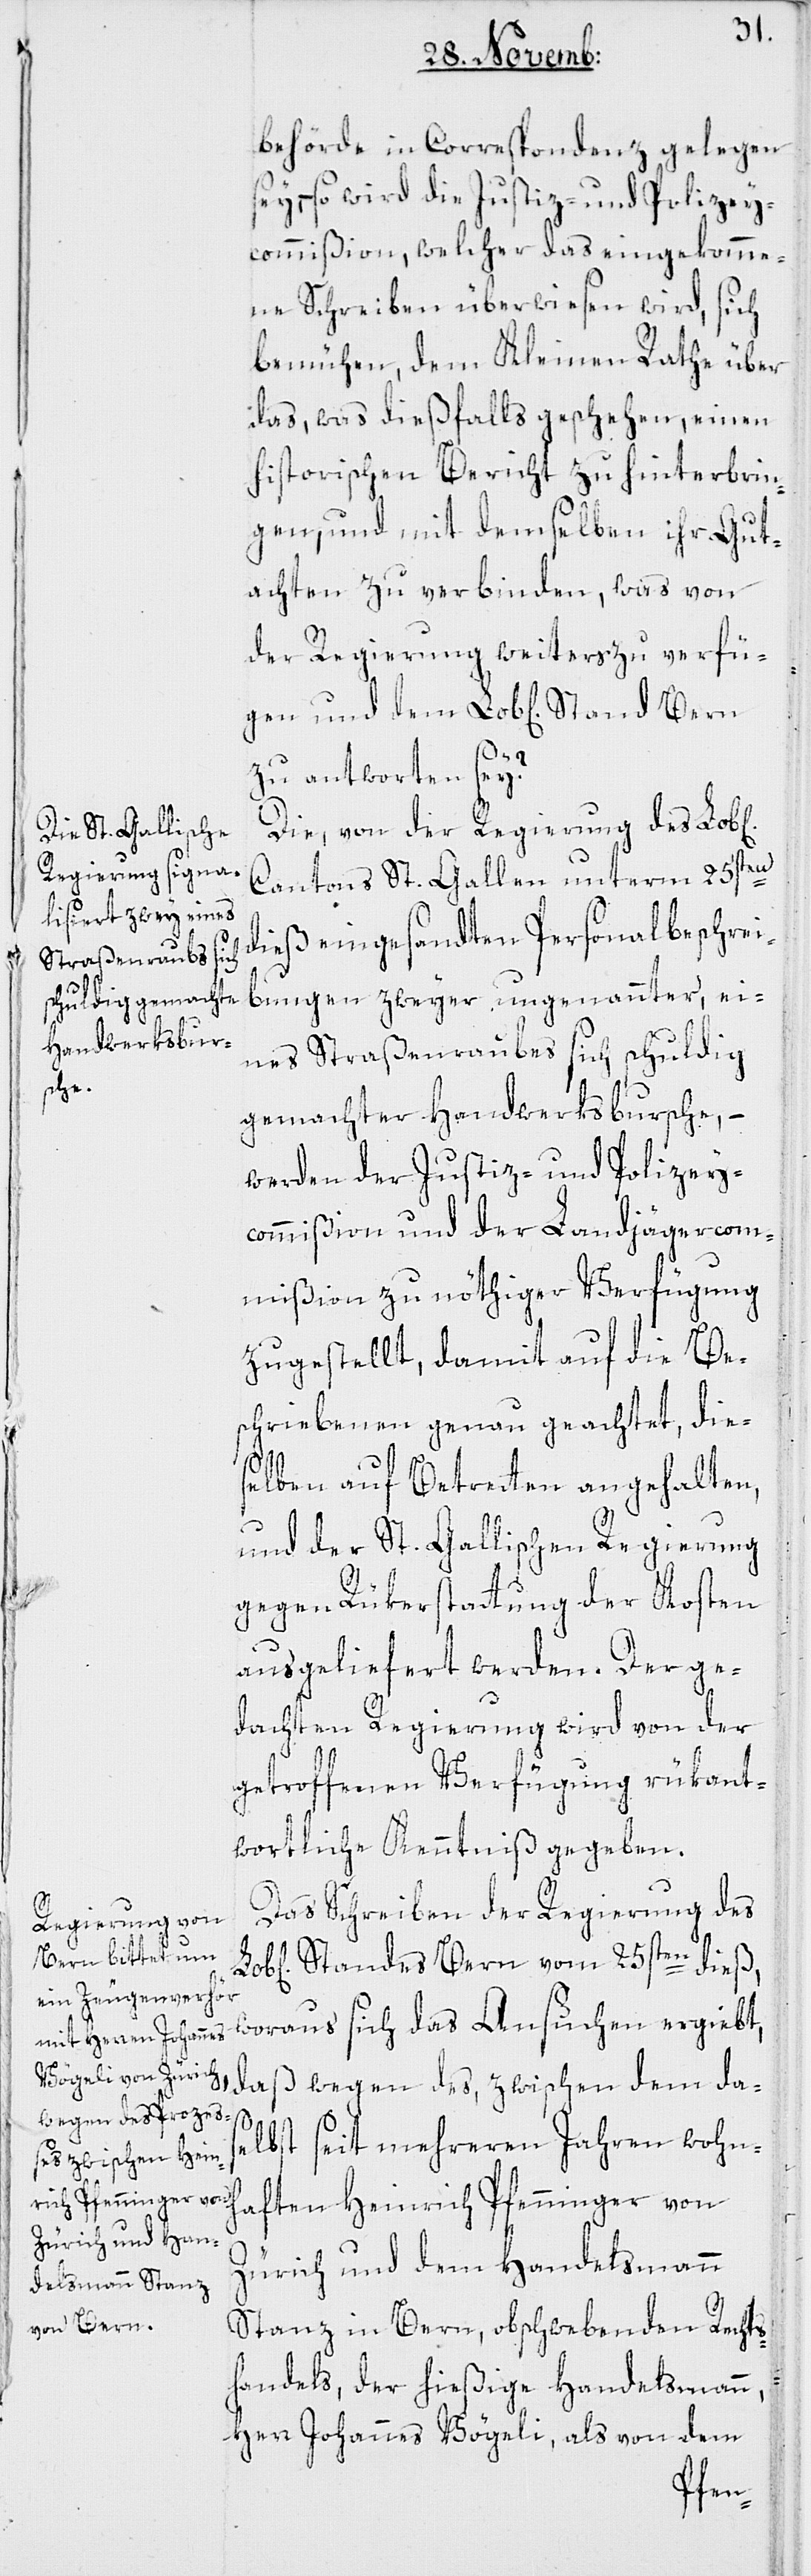
behörde in Correspondenz gelegen
sey, – so wird die Justiz- und Polizey¬
commißion, welcher das eingekomme¬
ne Schreiben überwiesen wird, sich
bemühen, dem Kleinen Rathe über
das, was dießfalls geschehen, einen
historischen Bericht zu hinterbrin¬
gen, und mit demselben ihr Gut¬
achten zu verbinden, was von
der Regierung weiters zu verfüg¬
Bern
zu antworten sey?
Die, von der Regierung des Lob[l¬
Cantons St. Gallen unterm 25sten
dieß eingesandten Personalbeschrei¬
bungen zweyer ungenannter, ei¬
nes Straßenraubes sich schuldig
ichen]
gemachter Handwerksbursche, –
werden der Justiz- und Polizey¬
commißion und der Landjägercom¬
mißion zu nöthiger Verfügung
zugestellt, damit auf die Be¬
schriebenen genau geachtet, die¬
selben auf Betretten angehalten,
und der St. Gallischen Regierung
gegen Rükerstattung der Kosten
ausgeliefert werden. Der ge¬
dachten Regierung wird von der
getroffenen Verfügung rükant¬
wortliche Kenntniß gegeben.
Das Schreiben der Regierung des
Standes Bern vom 25sten dieß,
en
woraus sich das Ansuchen ergiebt,
daß wegen des, zwischen dem das¬
elbst seit mehreren Jahren wohnh¬
aften Heinrich Pfenninger von
Zürich und dem Handelsmann
Stanz in Bern, obschwebenden Rechts¬
handels, der hießige Handelsmann,
Herr Johannes Vögeli, als von dem